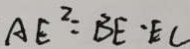
A E ^ { 2 } = B E \cdot E C